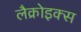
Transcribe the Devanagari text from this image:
लैक्रोइक्स